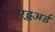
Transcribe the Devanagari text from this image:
एड्डअर्ड